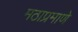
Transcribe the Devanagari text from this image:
मठाप्रमाणे